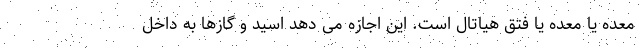
معده یا معده یا فتق هیاتال است. این اجازه می دهد اسید و گازها به داخل